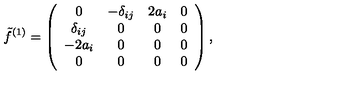
\tilde { f } ^ { ( 1 ) } = \left( \begin{array} { c c c c } { 0 } & { - \delta _ { i j } } & { 2 a _ { i } } & { 0 } \\ { \delta _ { i j } } & { 0 } & { 0 } & { 0 } \\ { - 2 a _ { i } } & { 0 } & { 0 } & { 0 } \\ { 0 } & { 0 } & { 0 } & { 0 } \\ \end{array} \right) ,